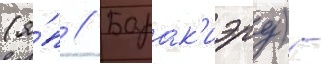
(я́п // Барак'иэру) -